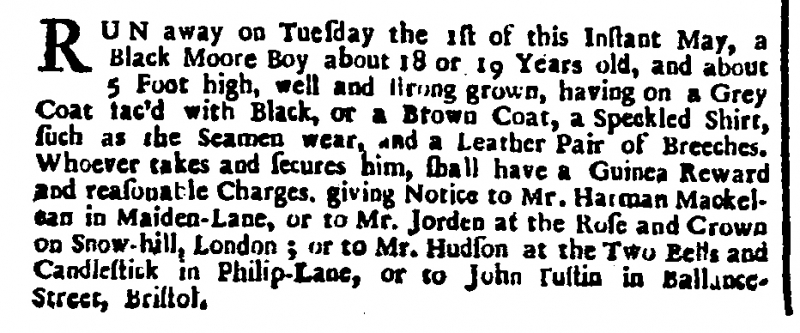
London Gazette, 19 May 1716 (England)
RUN away on Tuesday the 1st of this Instant May, a Black Moore Boy about 18 or 19 Years old, and about 5 Foot high, well and strong grown, having on a Grey Coat lac’d with Black, or a Brown Coat, a Speckled Shirt, such as the Seamen wear, and a Leather Pair of Breeches. Whoever takes and secures him, shall have a Guinea Reward and reasonable Charges. giving Notice to Mr. Harman Mackelean in Maiden-Lane, or to Mr. Jorden at the Rose and Crown on Snow-hill, London; or to Mr. Hudson at the Two Bells and Candlestick in Philip-Lane, or to John [T?]ustin in Ballance-Street, Bristol.